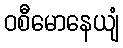
ဝစီမောနေယျံ